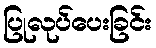
ပြုလုပ်ပေးခြင်း